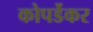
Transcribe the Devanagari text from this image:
कोपर्डेकर